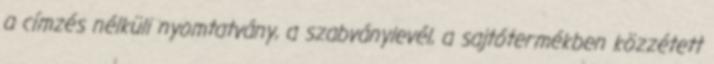
a címzés nélküli nyomtatvány, a szabványlevél, a sajtótermékben közzétett